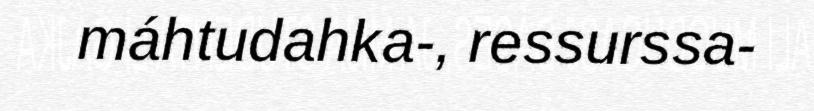
máhtudahka-, ressurssa-